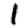
Digit: 1